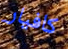
كافيار